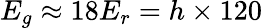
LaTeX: E_{g}\approx 18E_{r}=h\times 120